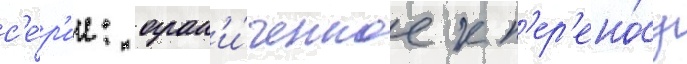
с'е́р'ии: огран'и́ченное к п'ер'ено́су